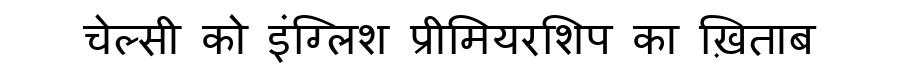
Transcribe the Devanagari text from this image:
चेल्सी को इंग्लिश प्रीमियरशिप का ख़िताब